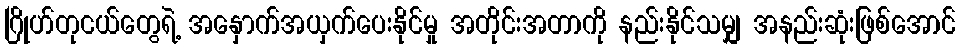
ဂြိုဟ်တုငယ်တွေရဲ့ အနှောက်အယှက်ပေးနိုင်မှု အတိုင်းအတာကို နည်းနိုင်သမျှ အနည်းဆုံးဖြစ်အောင်